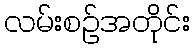
လမ်းစဉ်အတိုင်း